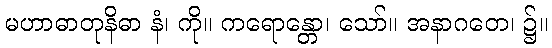
မဟာဓာတုနိဓာ နံ၊ ကို။ ကရောန္တော၊ သော်။ အနာဂတေ၊ ၌။